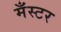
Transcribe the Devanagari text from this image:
मँस्टर